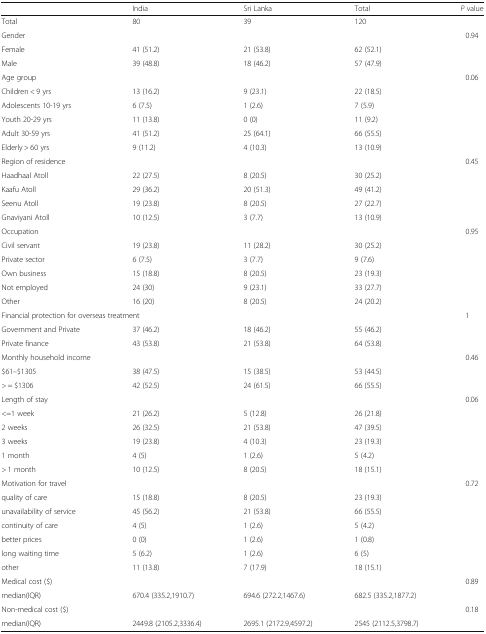
<table><thead><tr><td></td><td><b>India</b></td><td><b>Sri Lanka</b></td><td><b>Total</b></td><td><b><i>P</i> value</b></td></tr></thead><tbody><tr><td>Total</td><td>80</td><td>39</td><td>120</td><td></td></tr><tr><td>Gender</td><td></td><td></td><td></td><td>0.94</td></tr><tr><td>Female</td><td>41 (51.2)</td><td>21 (53.8)</td><td>62 (52.1)</td><td></td></tr><tr><td>Male</td><td>39 (48.8)</td><td>18 (46.2)</td><td>57 (47.9)</td><td></td></tr><tr><td>Age group</td><td></td><td></td><td></td><td>0.06</td></tr><tr><td>Children &lt; 9 yrs</td><td>13 (16.2)</td><td>9 (23.1)</td><td>22 (18.5)</td><td></td></tr><tr><td>Adolescents 10-19 yrs</td><td>6 (7.5)</td><td>1 (2.6)</td><td>7 (5.9)</td><td></td></tr><tr><td>Youth 20-29 yrs</td><td>11 (13.8)</td><td>0 (0)</td><td>11 (9.2)</td><td></td></tr><tr><td>Adult 30-59 yrs</td><td>41 (51.2)</td><td>25 (64.1)</td><td>66 (55.5)</td><td></td></tr><tr><td>Elderly &gt; 60 yrs</td><td>9 (11.2)</td><td>4 (10.3)</td><td>13 (10.9)</td><td></td></tr><tr><td>Region of residence</td><td></td><td></td><td></td><td>0.45</td></tr><tr><td>Haadhaal Atoll</td><td>22 (27.5)</td><td>8 (20.5)</td><td>30 (25.2)</td><td></td></tr><tr><td>Kaafu Atoll</td><td>29 (36.2)</td><td>20 (51.3)</td><td>49 (41.2)</td><td></td></tr><tr><td>Seenu Atoll</td><td>19 (23.8)</td><td>8 (20.5)</td><td>27 (22.7)</td><td></td></tr><tr><td>Gnaviyani Atoll</td><td>10 (12.5)</td><td>3 (7.7)</td><td>13 (10.9)</td><td></td></tr><tr><td>Occupation</td><td></td><td></td><td></td><td>0.95</td></tr><tr><td>Civil servant</td><td>19 (23.8)</td><td>11 (28.2)</td><td>30 (25.2)</td><td></td></tr><tr><td>Private sector</td><td>6 (7.5)</td><td>3 (7.7)</td><td>9 (7.6)</td><td></td></tr><tr><td>Own business</td><td>15 (18.8)</td><td>8 (20.5)</td><td>23 (19.3)</td><td></td></tr><tr><td>Not employed</td><td>24 (30)</td><td>9 (23.1)</td><td>33 (27.7)</td><td></td></tr><tr><td>Other</td><td>16 (20)</td><td>8 (20.5)</td><td>24 (20.2)</td><td></td></tr><tr><td colspan="2">Financial protection for overseas treatment</td><td></td><td></td><td>1</td></tr><tr><td>Government and Private</td><td>37 (46.2)</td><td>18 (46.2)</td><td>55 (46.2)</td><td></td></tr><tr><td>Private finance</td><td>43 (53.8)</td><td>21 (53.8)</td><td>64 (53.8)</td><td></td></tr><tr><td>Monthly household income</td><td></td><td></td><td></td><td>0.46</td></tr><tr><td>$61–$1305</td><td>38 (47.5)</td><td>15 (38.5)</td><td>53 (44.5)</td><td></td></tr><tr><td>&gt; = $1306</td><td>42 (52.5)</td><td>24 (61.5)</td><td>66 (55.5)</td><td></td></tr><tr><td>Length of stay</td><td></td><td></td><td></td><td>0.06</td></tr><tr><td>&lt;=1 week</td><td>21 (26.2)</td><td>5 (12.8)</td><td>26 (21.8)</td><td></td></tr><tr><td>2 weeks</td><td>26 (32.5)</td><td>21 (53.8)</td><td>47 (39.5)</td><td></td></tr><tr><td>3 weeks</td><td>19 (23.8)</td><td>4 (10.3)</td><td>23 (19.3)</td><td></td></tr><tr><td>1 month</td><td>4 (5)</td><td>1 (2.6)</td><td>5 (4.2)</td><td></td></tr><tr><td>&gt; 1 month</td><td>10 (12.5)</td><td>8 (20.5)</td><td>18 (15.1)</td><td></td></tr><tr><td>Motivation for travel</td><td></td><td></td><td></td><td>0.72</td></tr><tr><td>quality of care</td><td>15 (18.8)</td><td>8 (20.5)</td><td>23 (19.3)</td><td></td></tr><tr><td>unavailability of service</td><td>45 (56.2)</td><td>21 (53.8)</td><td>66 (55.5)</td><td></td></tr><tr><td>continuity of care</td><td>4 (5)</td><td>1 (2.6)</td><td>5 (4.2)</td><td></td></tr><tr><td>better prices</td><td>0 (0)</td><td>1 (2.6)</td><td>1 (0.8)</td><td></td></tr><tr><td>long waiting time</td><td>5 (6.2)</td><td>1 (2.6)</td><td>6 (5)</td><td></td></tr><tr><td>other</td><td>11 (13.8)</td><td>7 (17.9)</td><td>18 (15.1)</td><td></td></tr><tr><td>Medical cost ($)</td><td></td><td></td><td></td><td>0.89</td></tr><tr><td>median(IQR)</td><td>670.4 (335.2,1910.7)</td><td>694.6 (272.2,1467.6)</td><td>682.5 (335.2,1877.2)</td><td></td></tr><tr><td>Non-medical cost ($)</td><td></td><td></td><td></td><td>0.18</td></tr><tr><td>median(IQR)</td><td>2449.8 (2105.2,3336.4)</td><td>2695.1 (2172.9,4597.2)</td><td>2545 (2112.5,3798.7)</td><td></td></tr></tbody></table>